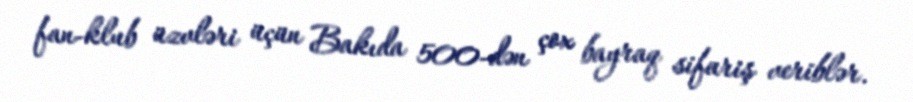
fan-klub üzvləri üçün Bakıda 500-dən çox bayraq sifariş veriblər.